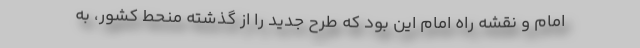
امام و نقشه راه امام این بود که طرح جدید را از گذشته منحط کشور، به